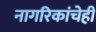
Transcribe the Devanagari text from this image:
नागरिकांचेही